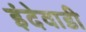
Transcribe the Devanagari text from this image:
इंदेवाडी